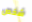
شخص